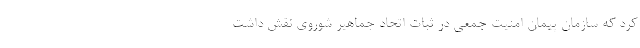
کرد که سازمان پیمان امنیت جمعی در ثبات اتحاد جماهیر شوروی نقش داشت